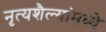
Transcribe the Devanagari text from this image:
नृत्यशैल्यांमध्ये